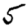
Digit: 5